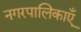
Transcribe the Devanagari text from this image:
नगरपालिकाएँ